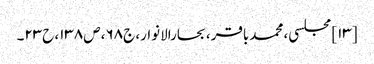
[۱۳] مجلسی، محمدباقر، بحارالانوار، ج۶۸، ص۱۳۸، ح۲۳۔